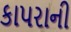
કાપરાની